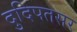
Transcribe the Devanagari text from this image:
दुदिपतसर